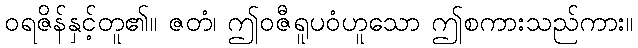
ဝရဇိန်နှင့်တူ၏။ ဇတံ၊ ဤဝဇီရူပဝံဟူသော ဤစကားသည်ကား။